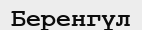
Беренгүл